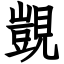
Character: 覬